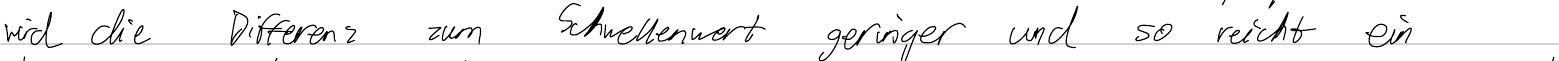
wird die Differenz zum Schwellenwert geringer und so reicht ein